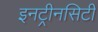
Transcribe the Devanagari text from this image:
इनट्रीनसिटी